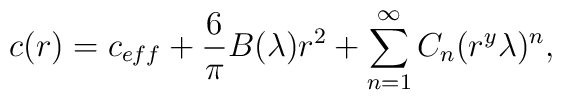
c(r)=c_{eff}+ \frac{6}{\pi} B(\lambda) r^2 + \sum_{n=1}^{\infty}{C}_n  (r^{y}\lambda)^{n},